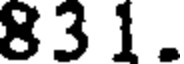
83 1 .